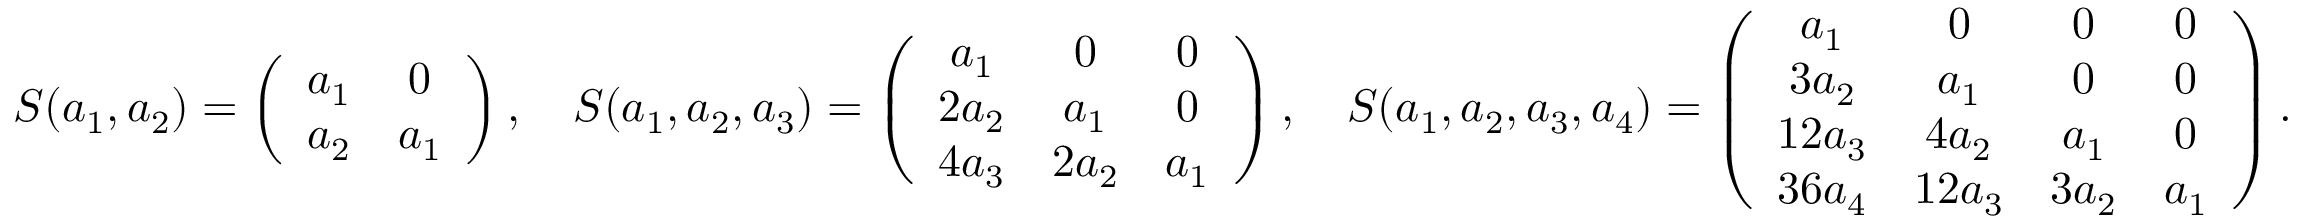
S ( a _ { 1 } , a _ { 2 } ) = \left( \begin{array} { c c } { a _ { 1 } } & { 0 } \\ { a _ { 2 } } & { a _ { 1 } } \end{array} \right) , \quad S ( a _ { 1 } , a _ { 2 } , a _ { 3 } ) = \left( \begin{array} { c c c } { a _ { 1 } } & { 0 } & { 0 } \\ { 2 a _ { 2 } } & { a _ { 1 } } & { 0 } \\ { 4 a _ { 3 } } & { 2 a _ { 2 } } & { a _ { 1 } } \end{array} \right) , \quad S ( a _ { 1 } , a _ { 2 } , a _ { 3 } , a _ { 4 } ) = \left( \begin{array} { c c c c } { a _ { 1 } } & { 0 } & { 0 } & { 0 } \\ { 3 a _ { 2 } } & { a _ { 1 } } & { 0 } & { 0 } \\ { 1 2 a _ { 3 } } & { 4 a _ { 2 } } & { a _ { 1 } } & { 0 } \\ { 3 6 a _ { 4 } } & { 1 2 a _ { 3 } } & { 3 a _ { 2 } } & { a _ { 1 } } \end{array} \right) .